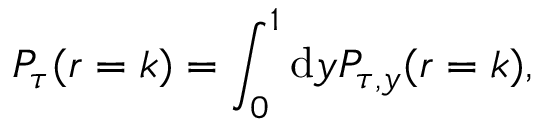
P _ { \tau } ( r = k ) = \int _ { 0 } ^ { 1 } \mathrm { d } y P _ { \tau , y } ( r = k ) ,